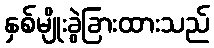
နှစ်မျိုးခွဲခြားထားသည်